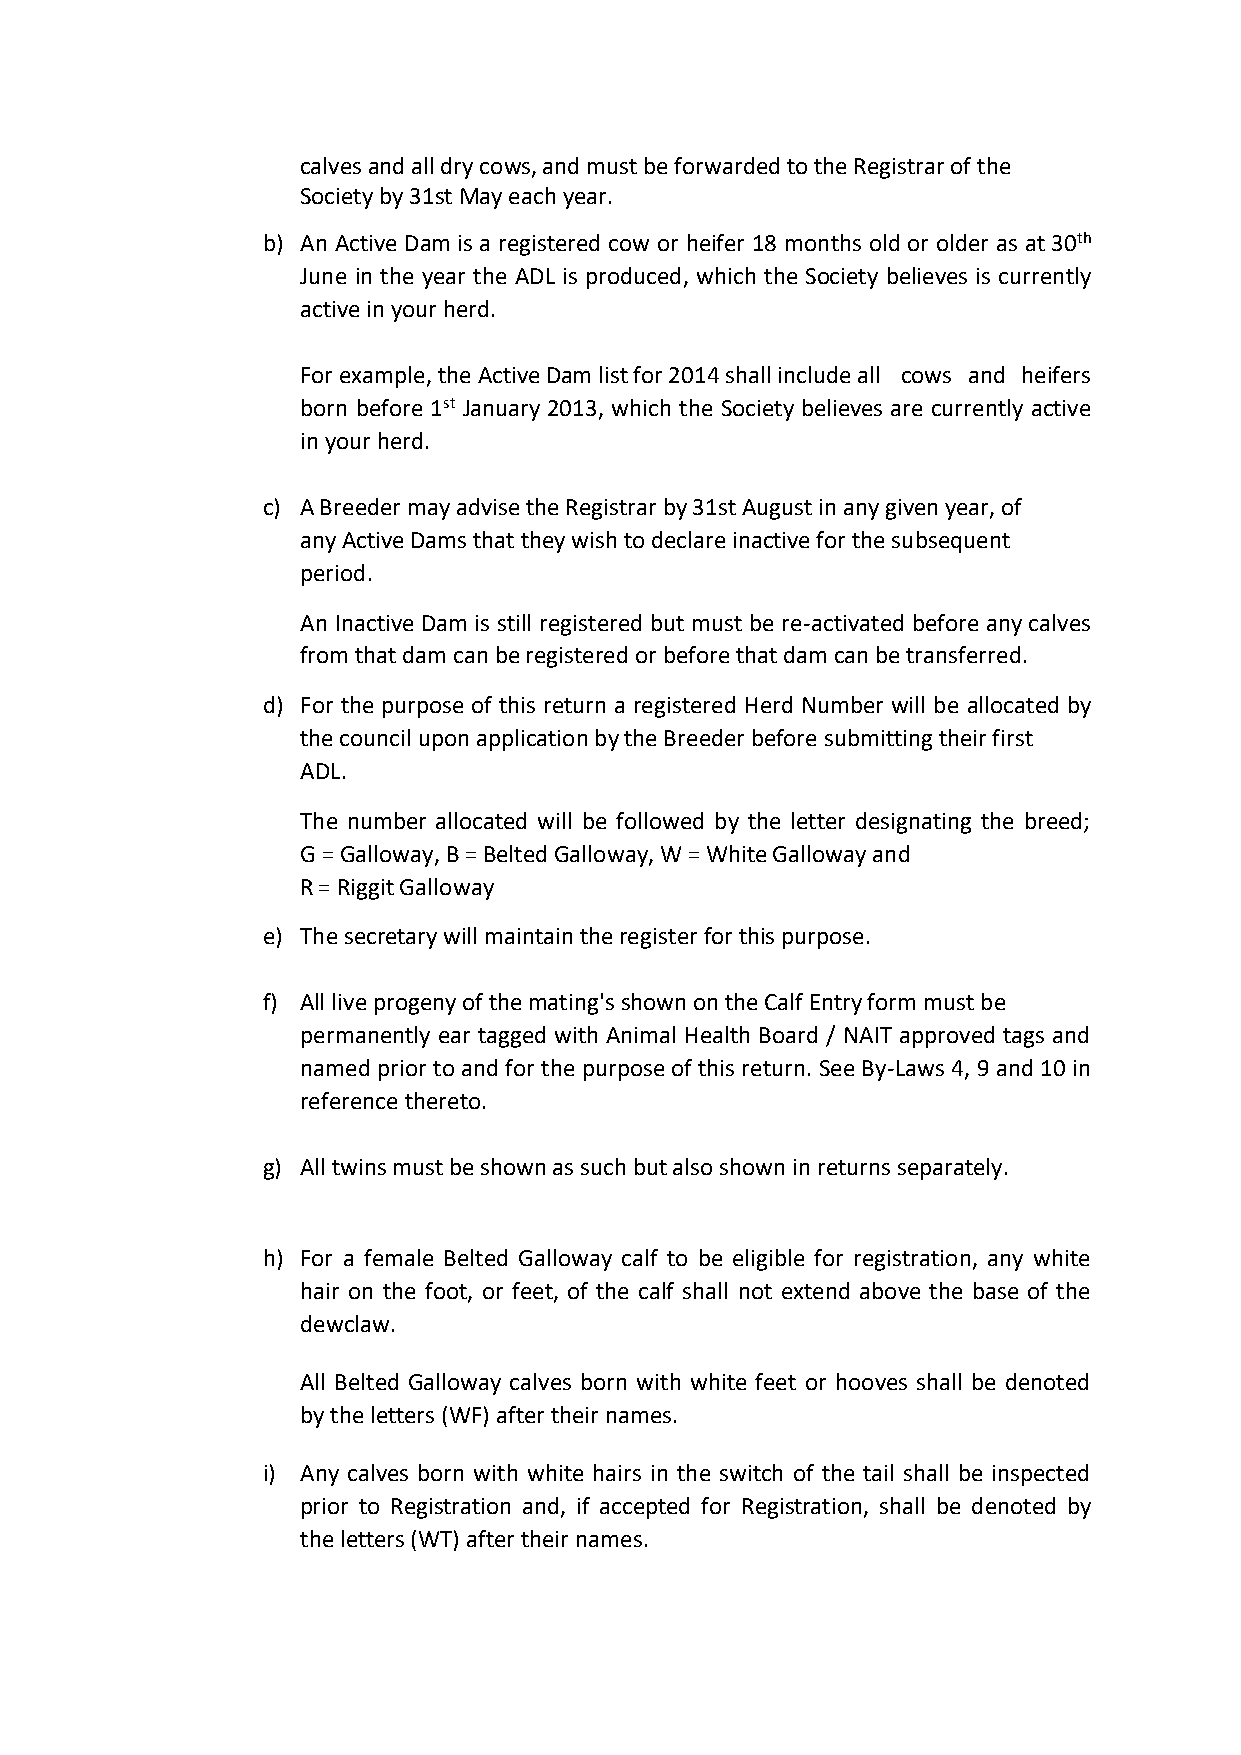
calves and all dry cows, and must be forwarded to the Registrar of the
 Society by 31st May each year.
 b) An Active Dam is a registered cow or heifer 18 months old or older as at 30th
 June in the year the ADL is produced, which the Society believes is currently
 active in your herd.
 For example, the Active Dam list for 2014 shall include all cows and heifers
 born before 1st January 2013, which the Society believes are currently active
 in your herd.
 c) A Breeder may advise the Registrar by 31st August in any given year, of
 any Active Dams that they wish to declare inactive for the subsequent
 period.
 An Inactive Dam is still registered but must be re-activated before any calves
 from that dam can be registered or before that dam can be transferred.
 d) For the purpose of this return a registered Herd Number will be allocated by
 the council upon application by the Breeder before submitting their first
 ADL.
 The number allocated will be followed by the letter designating the breed;
 G = Galloway, B = Belted Galloway, W = White Galloway and
 R = Riggit Galloway
 e) The secretary will maintain the register for this purpose.
 f) All live progeny of the mating's shown on the Calf Entry form must be
 permanently ear tagged with Animal Health Board / NAIT approved tags and
 named prior to and for the purpose of this return. See By-Laws 4, 9 and 10 in
 reference thereto.
 g) All twins must be shown as such but also shown in returns separately.
 h) For a female Belted Galloway calf to be eligible for registration, any white
 hair on the foot, or feet, of the calf shall not extend above the base of the
 dewclaw.
 All Belted Galloway calves born with white feet or hooves shall be denoted
 by the letters (WF) after their names.
 i) Any calves born with white hairs in the switch of the tail shall be inspected
 prior to Registration and, if accepted for Registration, shall be denoted by
 the letters (WT) after their names.